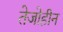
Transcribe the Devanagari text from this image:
तेजोहीन